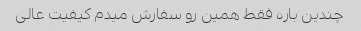
چندین باره فقط همین رو سفارش میدم کیفیت عالی